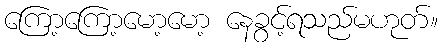
ကြော့ကြော့မော့မော့ နေခွင့်ရသည်မဟုတ်။